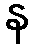
န